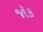
જૉક